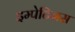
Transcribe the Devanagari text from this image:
इम्पेटिनस